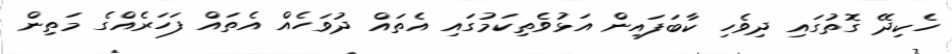
ހެކިދޭ ގޮތުގައި ދިވެހި ކާބަފައިން އަޅުވެތިކަމުގައި އެތައް ދުވަހެއް އެތައް ފަހަރެއްގެ މަތިން